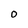
Character: o